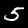
Label: 5